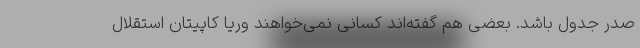
صدر جدول باشد. بعضی هم گفته‌اند کسانی نمی‌خواهند وریا کاپیتان استقلال